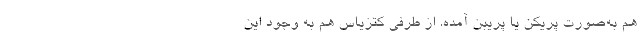
هم به‌صورت پَریکَنَ یا پَریبَنَ آمده. از طرفی کتزیاس هم به وجود این